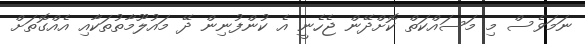
ނަމަވެސް މި މަސައްކަތް ކޮށްދޭން ޖެހެނީ އެ ކުންފުނިން ދޭ މައުލޫމާތުތަކާއި އެއްގޮތަށް